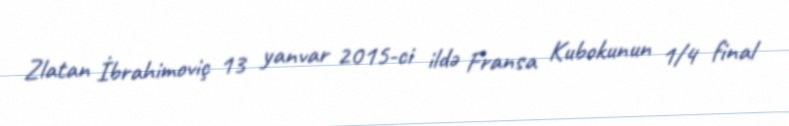
Zlatan İbrahimoviç 13 yanvar 2015-ci ildə Fransa Kubokunun 1/4 final